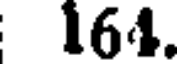
161.